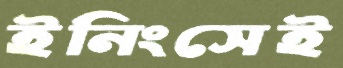
ইনিংসেই